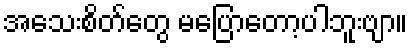
အသေးစိတ်တွေ မပြောတော့ပါဘူးဗျာ။